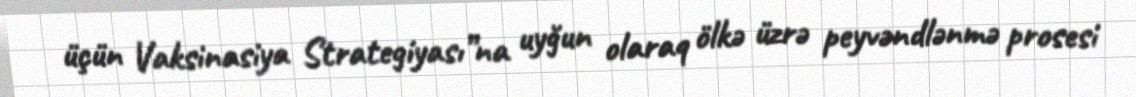
üçün Vaksinasiya Strategiyası”na uyğun olaraq ölkə üzrə peyvəndlənmə prosesi